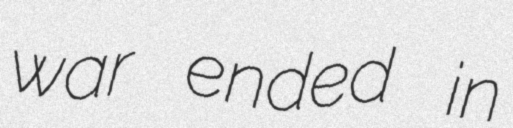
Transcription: war ended in